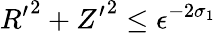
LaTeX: {R^{\prime}}^{2}+{Z^{\prime}}^{2}\le\epsilon^{-2\sigma_{1}}